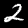
Label: 2